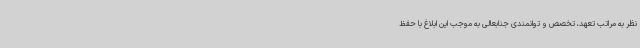
نظر به مراتب تعهد، تخصص و توانمندی جنابعالی به موجب این ابلاغ با حفظ